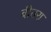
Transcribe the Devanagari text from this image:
बीतरा